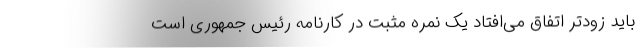
باید زودتر اتفاق می‌افتاد یک نمره مثبت در کارنامه رئیس جمهوری است